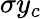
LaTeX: \sigma y_{c}